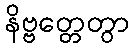
နိဗ္ဗတ္တေတွာ